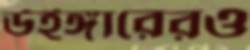
উইঙ্গারেরও